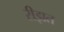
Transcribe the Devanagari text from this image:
रीझत